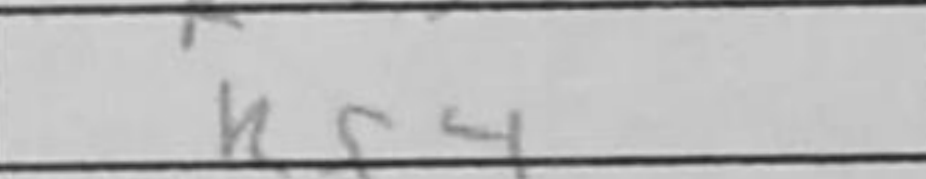
Transcription: Rf4